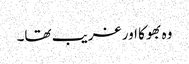
وہ بھوکا اور غریب تھا۔